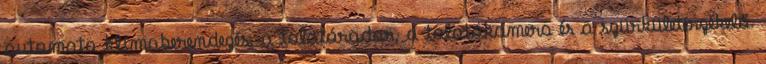
automata klímaberendezés, a tolatóradar, a tolatókamera és a szürkületérzékelő.